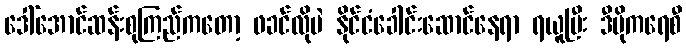
ဒေါ်အောင်ဆန်းစုကြည်ကတော့ ဖခင်လိုပဲ နိုင်ငံခေါင်းဆောင်နေရာ ရယူပြီး ဒီမိုကရေစီ